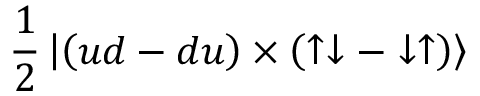
\frac 1 2 \left| \left( u d - d u \right) \times \left( \uparrow \downarrow - \downarrow \uparrow \right) \right>